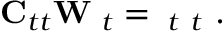
{ \bf C } _ { t t } { \bf W } { \bf \Phi } _ { t } = { \bf \Phi } _ { t } { \bf \Lambda } _ { t } \mathrm { ~ . ~ }